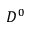
D ^ { 0 }